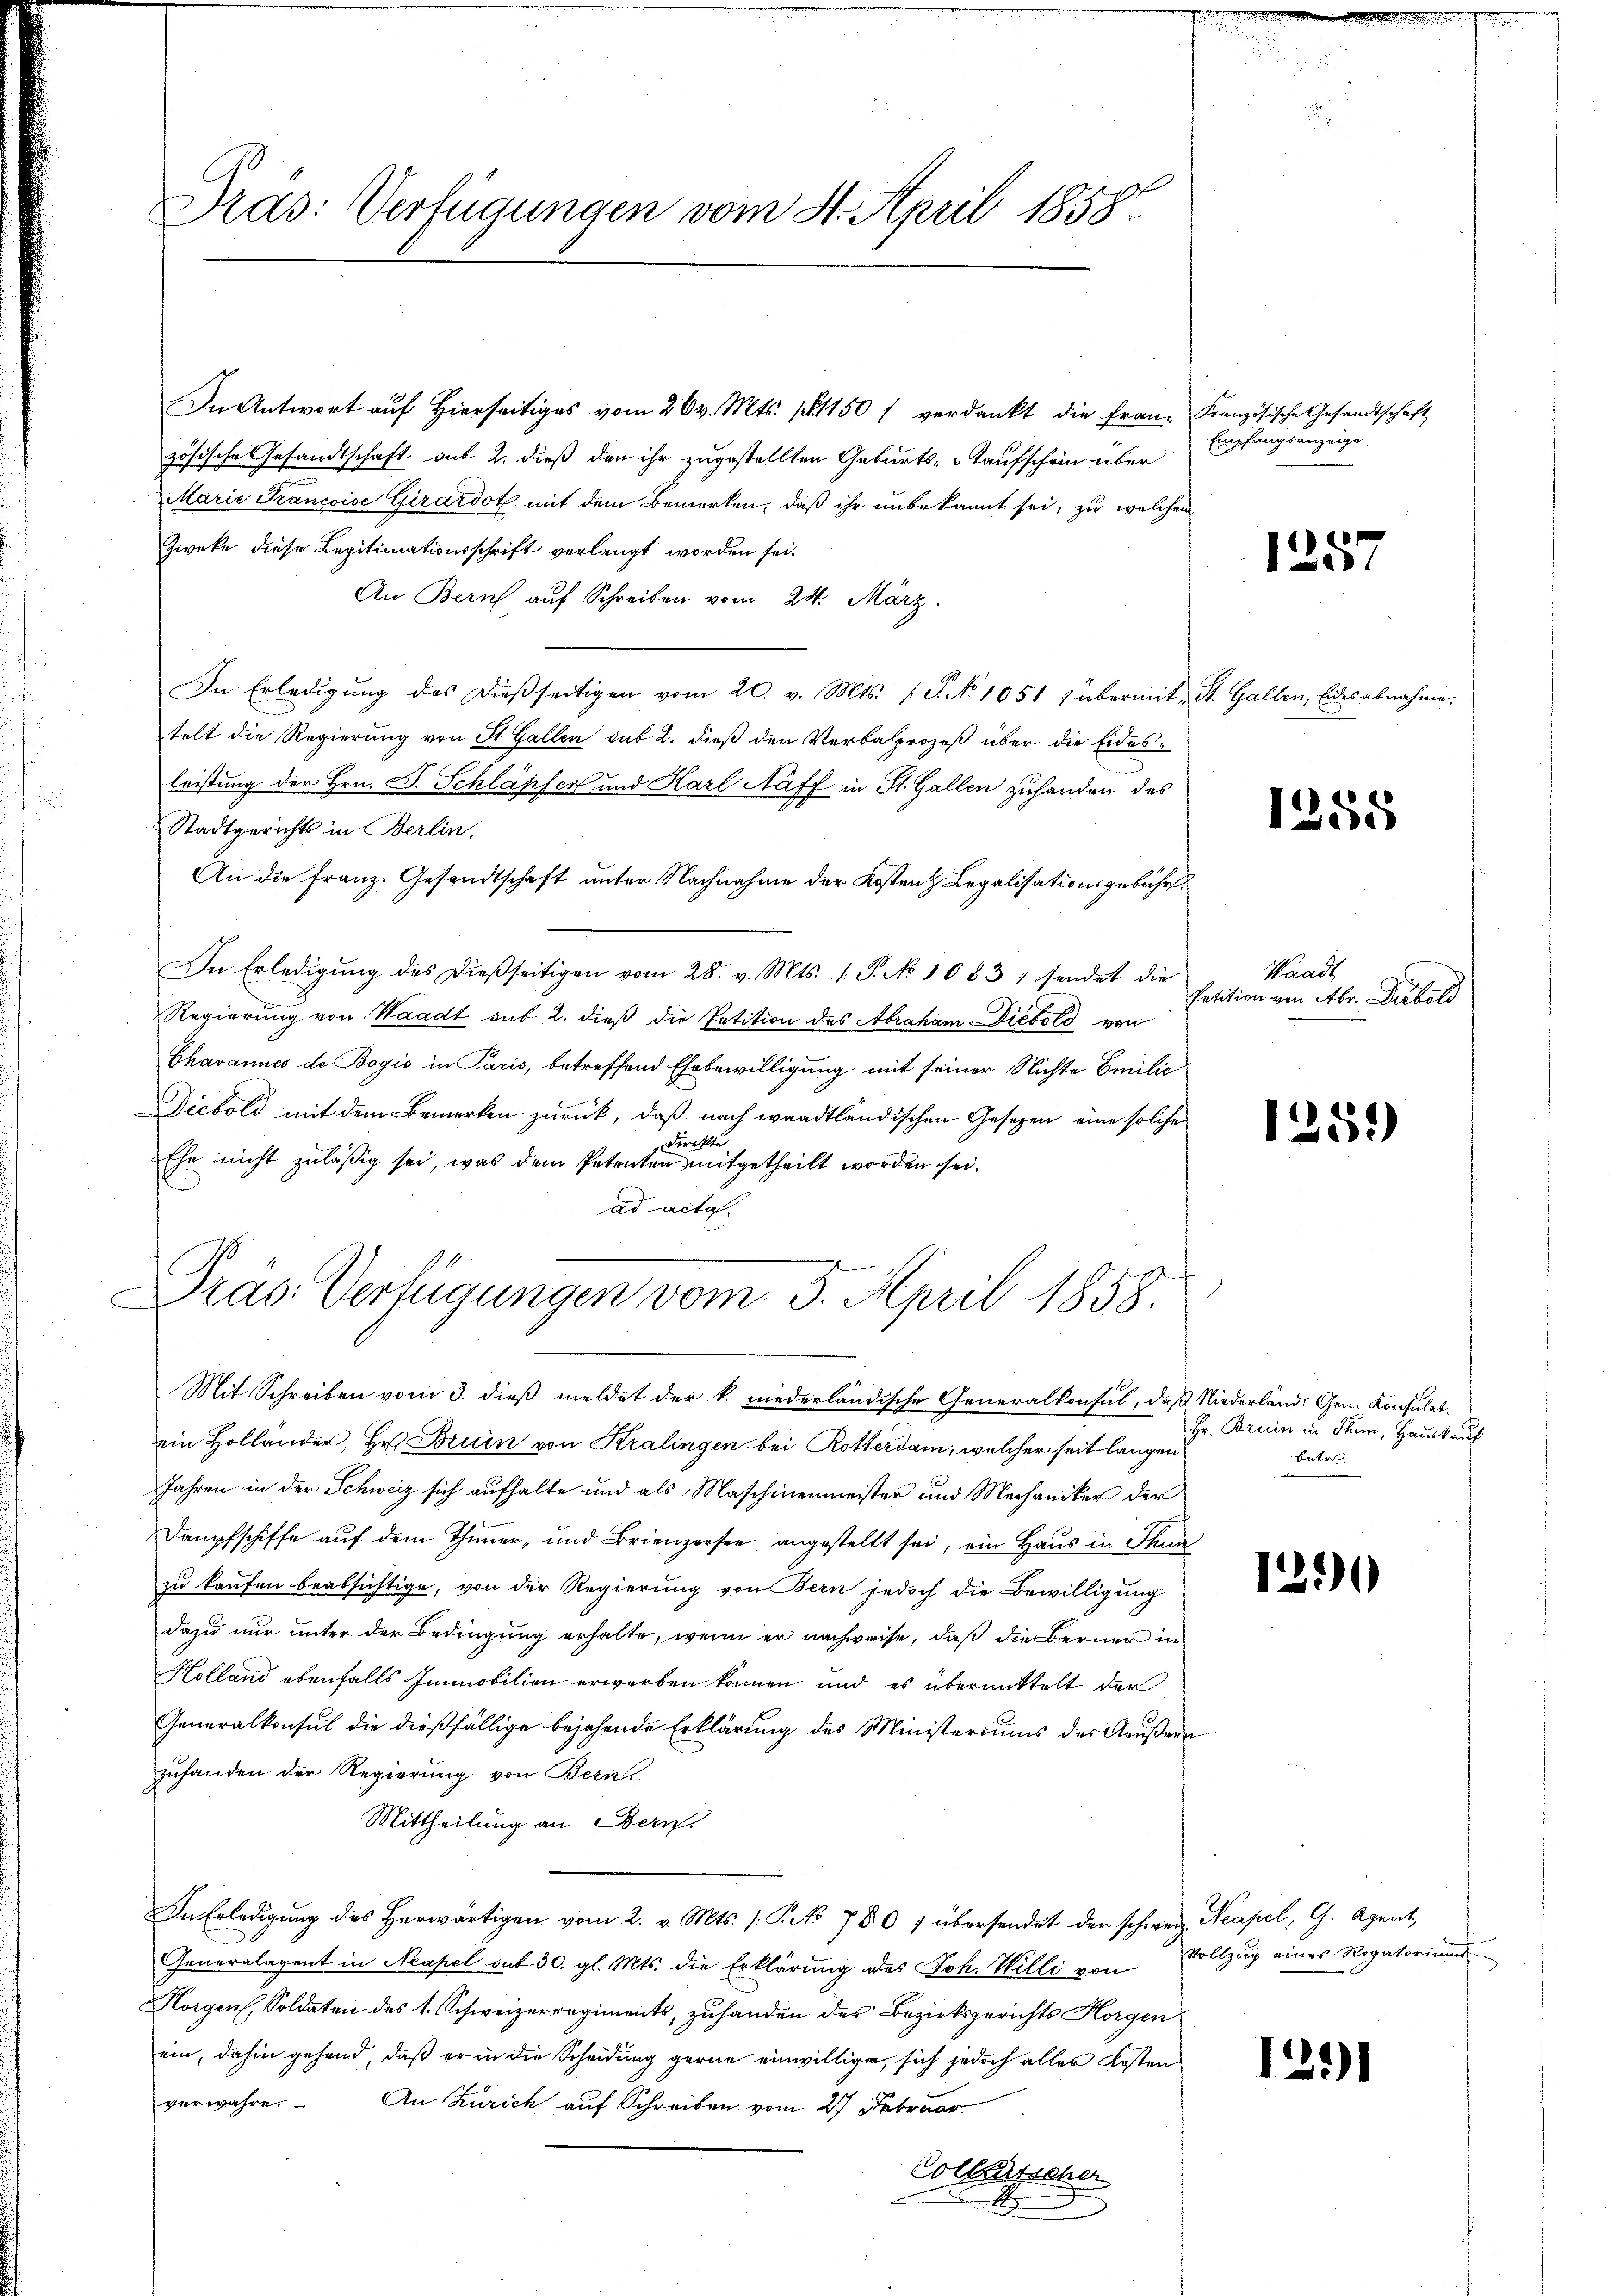
Pras: Verfügungen vom 4. April 1858

In Antwort auf hierseitiges vom 26 v. Mts. pr. 1150 f verdankt die Franz Französische Gesandtschaft
zösische Gesandtschaft auf 2. dieß den ihr zugestellten Geburts- u Kaufschein über Empfangsanzeige,
Marie Francoise Girardot mit dem Bemerken, daß ihr unbekannt sei, zu welchen
Zweke diese Legitimationsschrift verlangt worden sei.
An Bern auf Schreiben vom 24. März.
In Erledigŭng des dieβseitigen vom 20. v. Mts. S. No 1051 ; übermit St. Gallen, Eides abnahme.
telt die Regierung von St. Gallen sub 2. dieß den Verbalprozeß über die Eides¬
.
leistung der Hrn. F. Schläpfer und Karl Naff in St. Gallen zuhanden des
Stadtgerichts in Berlin,
An die Franz. Gesandtschaft unter Nachnahme der Kosten & Legalisationsgebühr¬
In Erledigŭng des dießseitigen vom 28. v. Mts. 1. P. No 1083; sendet die
Regierung von Waadt sub. 2. dieß die Petition des Abraham Diebold von
Chavannes de Bogis in Paris, betreffend Ehebewilligung mit seiner Nichte Emilie
Diebold mit dem Bemerken zurück, daß nach waadtländischen Gesezen eine solche
Direkte
Ehe nicht zuläßig sei, was dem Petenten mitgetheilt worden sei.
ad acta.

Präs. Verfügungen vom 3. April 1858.

Mit Schreiben vom 3. dieß meldet der k. niederländische Generalkonsul, daß Niederlände Gen. Konsulat
ein Holländer, Hr. Bruin von Kralingen bei Rotterdam, welcher seit langen
Jahren in der Schweiz sich aufhalte und als Maschinenmeister und Mechaniker der
Dampfschiffe auf dem Thimmer, und Brienzersee angestellt sei, ein Haus in Thun
zu kaufen beabsichtige, von der Regierung von Bern jedoch die Bewilligung
dazu nur unter der Bedingung erhalte, wenn er nachweise, daß die Berner in
Holland ebenfalls Immobilien erworben können und es übermittelt der
Generalkonsul die dießfällige bejahende Erklärung des Ministeriums des Aeußern
zufanden der Regierung von Bern
Mittheilung an Bern.
In Erledigung des Herwärtigen vom 2. v. Mts. 1. P. No 780 / übersendet der schweiz. Neapel, G. Agent
Generalagent in Neapel mit 30. gl. Mts. die Erklärŭng des Joh. Willi von Vollzŭg einer Regatorium
Horgen, Soldaten des 1. Schweizerregiments, zuhanden des Bezirksgerichts Horgen
ein, dahin gehend, daß er in die Scheidung gerne einwillige, sich jedoch aller Kosten
verwahren. An Zürich auf Schreiben vom 27 Februar
Collensscher
A

d
120

1255

Waadt,
Petition von Abr. Diebold

1259)

Hr. Bruin in Thun, Hauskauf
betr.

1290

1291